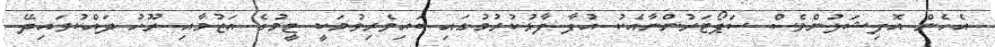
އެހެން އޮފިޝަލުންވެސް ސަޕޯޓަރުންނާއެކު އުފާ ފާޅުކުރުމުގައި ބައިވެރިވުމަކީ ޓީމުގެ އަޒުމާއި ރޫހު ދައްކުވައިދޭ